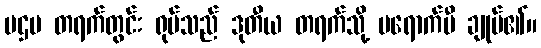
ပဌမ တရက်တွင်း ရုပ်သည် ဒုတီယ တရက်သို့ မရောက်မီ ချုပ်၏။